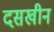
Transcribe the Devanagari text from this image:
दसखीन